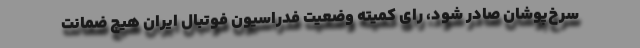
سرخ‌پوشان صادر شود، رای کمیته وضعیت فدراسیون فوتبال ایران هیچ ضمانت